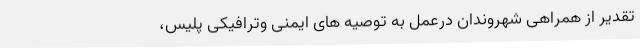
تقدیر از همراهی شهروندان درعمل به توصیه های ایمنی وترافیکی پلیس،